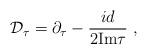
LaTeX: \begin{align*}{\cal D}_{\tau}=\partial_{\tau}-{id \over 2 {\rm Im} \tau}~,\end{align*}